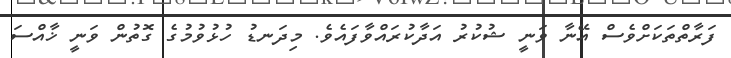
ފަރާތްތަކަށްވެސް އޭނާ ވަނީ ޝުކުރު އަދާކުރައްވާފައެވެ. މިދަނޑު ހުޅުވުމުގެ ގޮތުން ވަނީ ޚާއްސަ